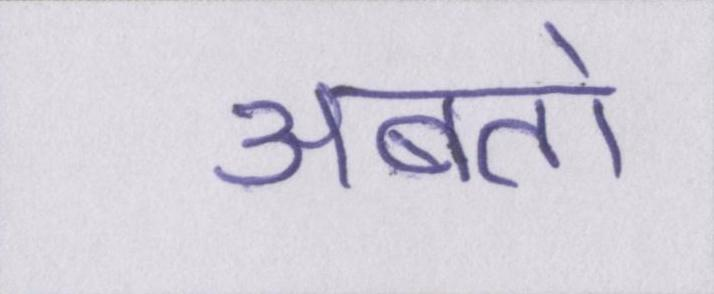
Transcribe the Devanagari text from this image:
अबतो